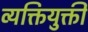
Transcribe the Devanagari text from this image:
व्यक्तियुक्ती